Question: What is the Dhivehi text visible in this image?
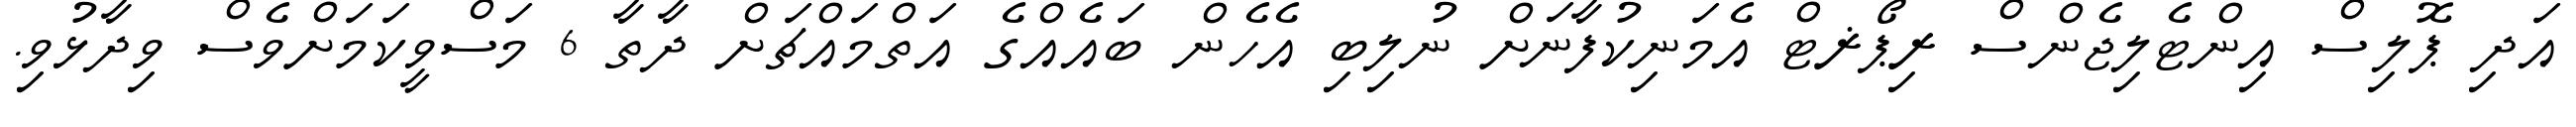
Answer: އަދި ޕޮލިސް އިންޓެލިޖެންސް ރިޕޯޜޓް އެމަނިކުފާނަށް ނުލިބި އެހެން ބައެއްގެ އަތްމައްޗަށް ދާތާ 6 މަސްވީކަމަށްވެސް ވިދާޅުވި.